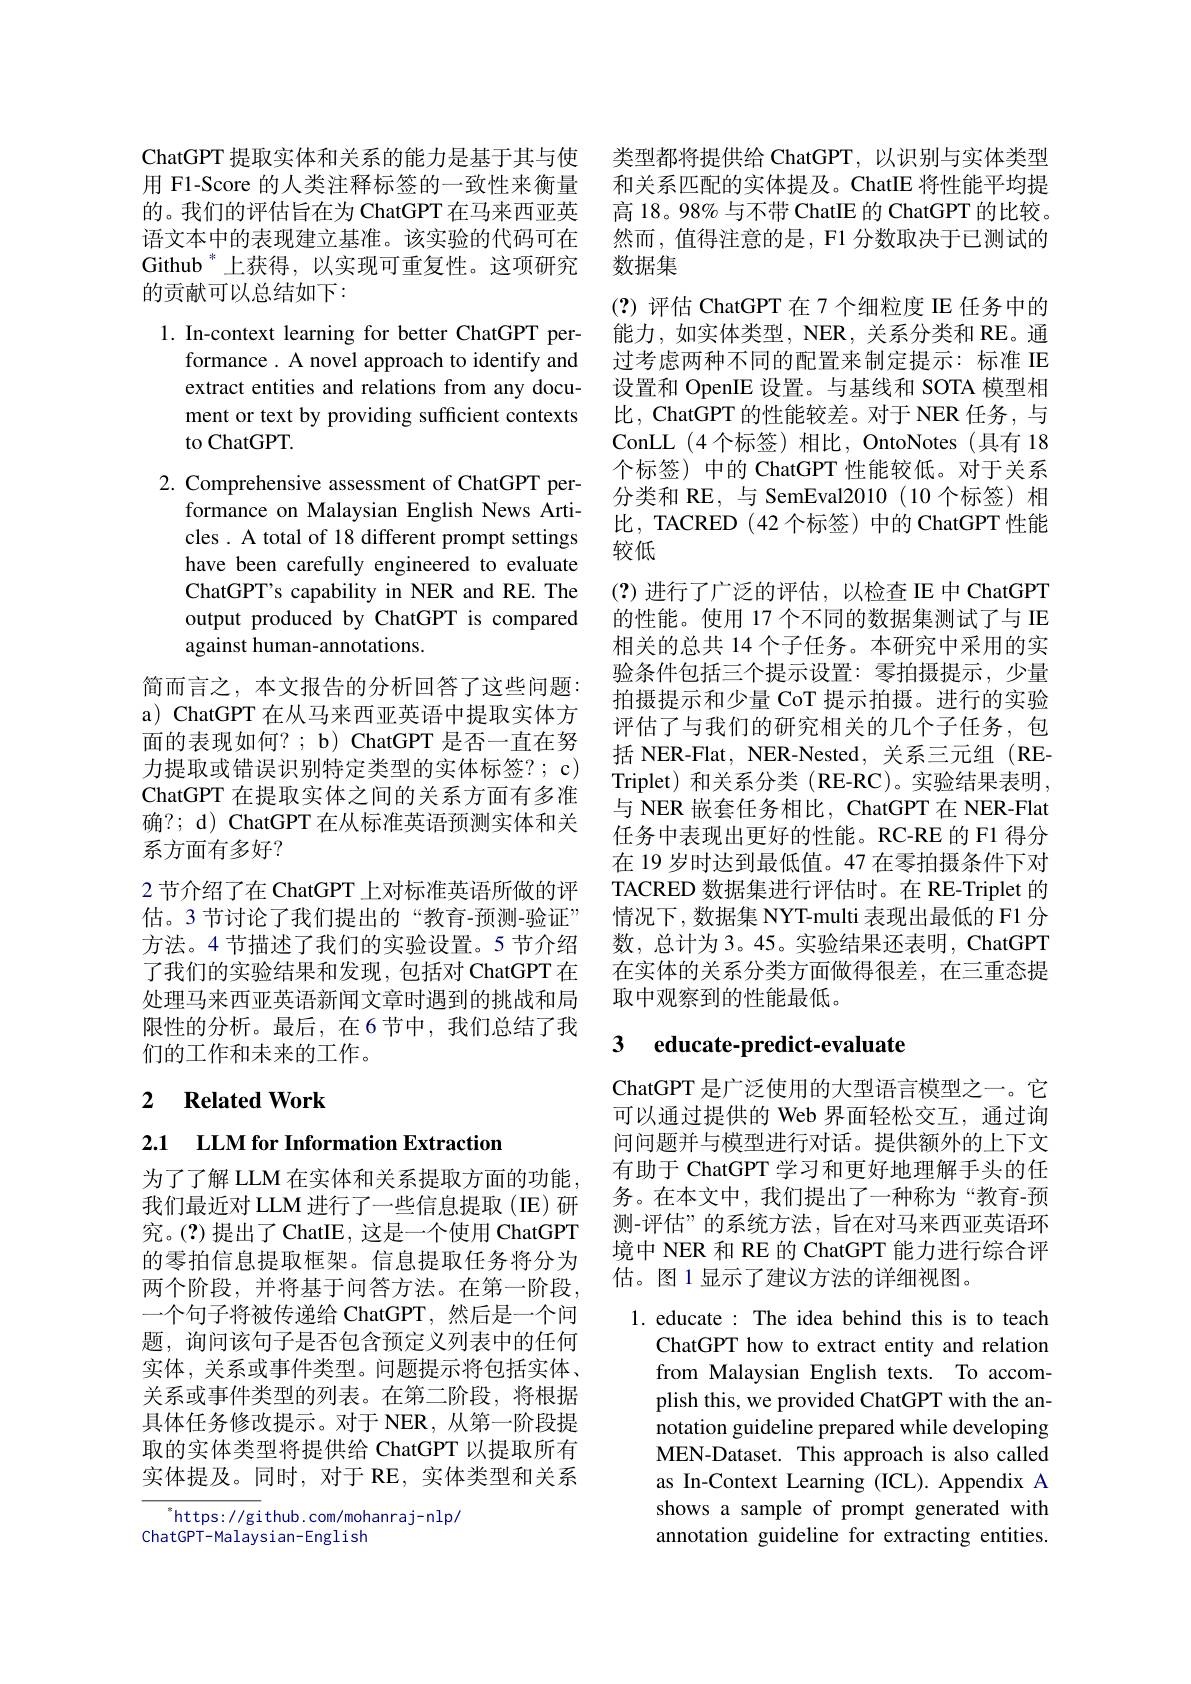
ChatGPT 提取实体和关系的能力是基于其与使 类型都将提供给 ChatGPT, 以识别与实体类型用 F1-Score 的人类注释标签的一致性来衡量 和关系匹配的实体提及。ChatIE 将性能平均提的。我们的评估旨在为 ChatGPT 在马来西亚英 高 18。98% 与不带 ChatIE 的 ChatGPT 的比较。语文本中的表现建立基准。该实验的代码可在 然而，值得注意的是，F1 分数取决于已测试的Github $^{*}$上获得，以实现可重复性。这项研究
的贡献可以总结如下：

1. In-context learning for better ChatGPT per-
formance . A novel approach to identify and extract entities and relations from any document or text by providing sufficient contexts to ChatGPT.

2. Comprehensive assessment of ChatGPT per-
formance on Malaysian English News Articles . A total of 18 different prompt settings have been carefully engineered to evaluate ChatGPT's capability in NER and RE. The output produced by ChatGPT is compared against human-annotations.

简而言之，本文报告的分析回答了这些问题： a) ChatGPT 在从马来西亚英语中提取实体方面的表现如何？; b) ChatGPT 是否一直在努力提取或错误识别特定类型的实体标签？; c) ChatGPT 在提取实体之间的关系方面有多准确？; d) ChatGPT 在从标准英语预测实体和关系方面有多好？
2 节介绍了在 ChatGPT 上对标准英语所做的评限性的分析。最后，在6节中，我们总结了我们的工作和未来的工作。

## 2 $\textbf{Related Work}$

2.1 $\textbf{LLM for Information Extraction}$

为了了解 LLM 在实体和关系提取方面的功能我们最近对 LLM 进行了一些信息提取(IE)研究。(?)提出了 ChatIE, 这是一个使用 ChatGPT 的零拍信息提取框架。信息提取任务将分为两个阶段，并将基于问答方法。在第一阶段， 一个句子将被传递给 ChatGPT,然后是一个问题，询问该句子是否包含预定义列表中的任何实体，关系或事件类型。问题提示将包括实体、 关系或事件类型的列表。在第二阶段，将根据具体任务修改提示。对于 NER, 从第一阶段提取的实体类型将提供给 ChatGPT 以提取所有实体提及。同时，对于 RE,实体类型和关系

$^{*}$https: / / gi thub. com/ mohanraj- n lp/
ChatGPT-Malaysian-English

数据集

(?)评估 ChatGPT 在 7 个细粒度 IE 任务中的能力，如实体类型，NER, 关系分类和 RE。通过考虑两种不同的配置来制定提示：标准 IE 设置和 OpenIE 设置。与基线和 SOTA 模型相比，ChatGPT 的性能较差。对于 NER 任务，与ConLL (4个标签)相比，OntoNotes(具有18个标签) 中的 ChatGPT 性能较低。对于关系分类和 RE, 与 SemEval2010(10个标签)相比，TACRED (42 个标签) 中的 ChatGPT 性能较低
(?)进行了广泛的评估，以检查 IE 中 ChatGPT 的性能。使用 17 个不同的数据集测试了与 IE 相关的总共 14 个子任务。本研究中采用的实验条件包括三个提示设置：零拍摄提示，少量拍摄提示和少量 CoT 提示拍摄。进行的实验评估了与我们的研究相关的几个子任务，包括 NER-Flat, NER-Nested, 关系三元组 (RETriplet) 和关系分类 (RE-RC)。实验结果表明， 与 NER 嵌套任务相比，ChatGPT 在 NER-Flat 任务中表现出更好的性能。RC-RE 的 F1 得分在 19 岁时达到最低值。47 在零拍摄条件下对TACRED 数据集进行评估时。在 RE-Triplet 的
估。3 节讨论了我们提出的“教育-预测-验证” 情况下，数据集 NYT-multi 表现出最低的 F1 分方法。4节描述了我们的实验设置。5 节介绍 数，总计为3。45。实验结果还表明，ChatGPT 了我们的实验结果和发现，包括对 ChatGPT 在 在实体的关系分类方面做得很差，在三重态提处理马来西亚英语新闻文章时遇到的挑战和局 取中观察到的性能最低。

# 3 educate-predict-evaluate

ChatGPT 是广泛使用的大型语言模型之一。它可以通过提供的 Web 界面轻松交互，通过询问问题并与模型进行对话。提供额外的上下文有助于 ChatGPT 学习和更好地理解手头的任务。在本文中，我们提出了一种称为“教育-预测-评估”的系统方法，旨在对马来西亚英语环境中 NER 和 RE 的 ChatGPT 能力进行综合评估。图 1 显示了建议方法的详细视图。

1. educate : The idea behind this is to teach
ChatGPT how to extract entity and relation from Malaysian English texts. To accomplish this, we provided ChatGPT with the annotation guideline prepared while developing MEN-Dataset. This approach is also called as In-Context Learning (ICL). Appendix A shows a sample of prompt generated with annotation guideline for extracting entities.